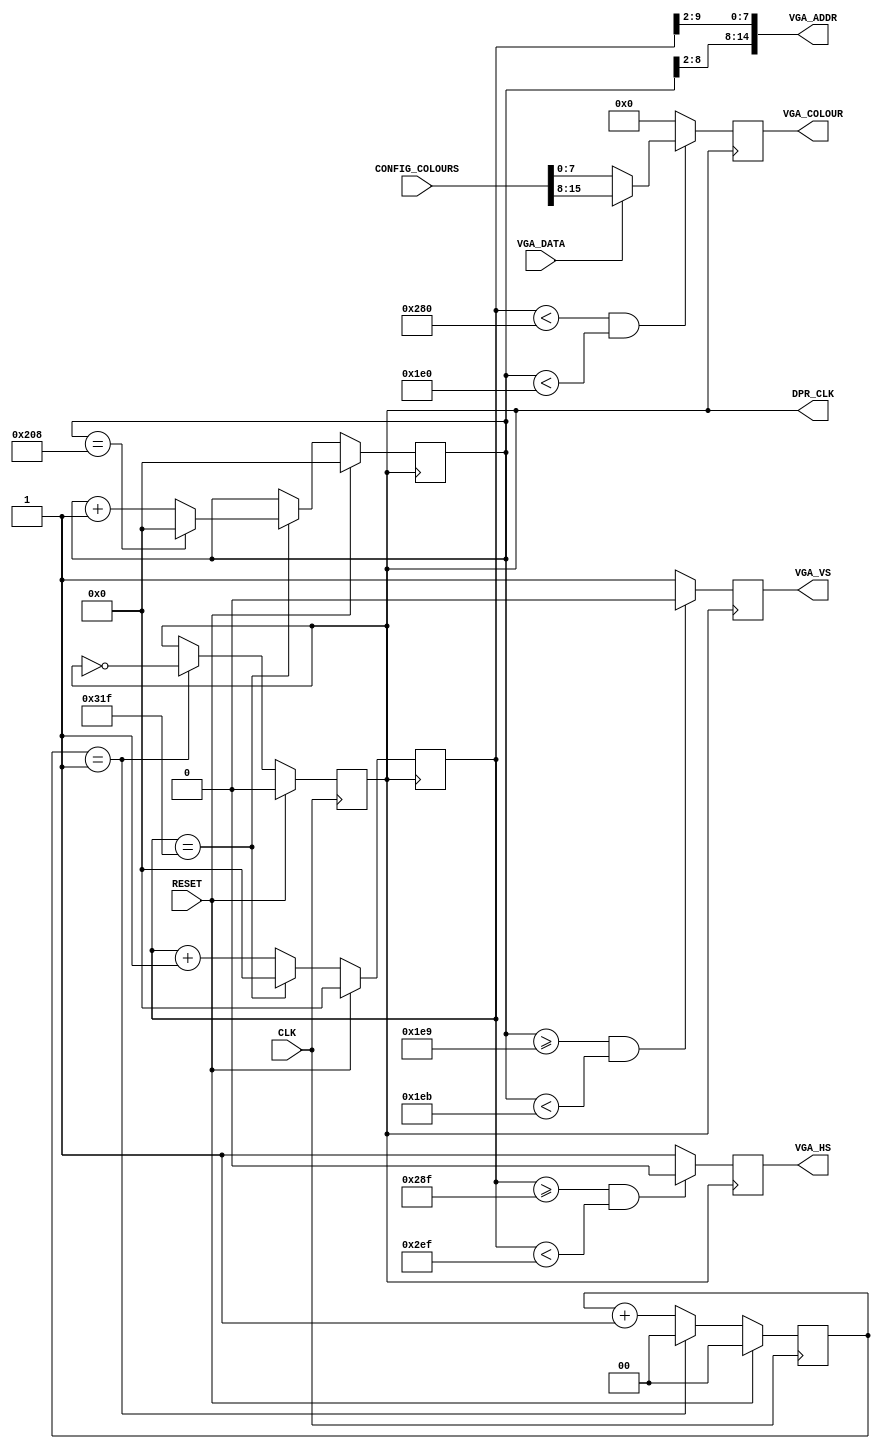
`timescale 1ns / 1ps
//////////////////////////////////////////////////////////////////////////////////
// Company: 
// Engineer: 
// 
// Design Name: Xingyifei
// Module Name: VGA_Sig_Gen
// Project Name: 
// Target Devices: 
// Tool Versions: 
// Description: 
// 
// Dependencies: 
// 
// Revision:
// Revision 0.01 - File Created
// Additional Comments:
// 
//////////////////////////////////////////////////////////////////////////////////


module VGA_Sig_Gen(
    input CLK,
    input RESET,
    //Colour Configuration Interface
    input [15:0] CONFIG_COLOURS,
    // Frame Buffer (Dual Port memory) Interface
    output DPR_CLK,
    output [14:0] VGA_ADDR,
    input VGA_DATA,
    //VGA Port Interface
    output reg VGA_HS,
    output reg VGA_VS, 
    output [7:0] VGA_COLOUR
 );
    //Halve the clock to 25MHz to drive the VGA display (dev by 100MHz)
    reg [1:0] CLK_Counter;
    reg VGA_CLK;
    //initial begin
    //    CLK_Counter <= 0;
    //    VGA_CLK <= 0;
    //end 
    always@(posedge CLK) begin
        if(RESET) begin
            VGA_CLK <= 0;
            CLK_Counter <= 0;
        end
        else begin
            if (CLK_Counter == 1) begin
                VGA_CLK <= ~VGA_CLK;
                CLK_Counter <= 0;
            end
            else
                CLK_Counter <= CLK_Counter + 1;
        end 
    end
/*
Define VGA signal parameters e.g. Horizontal and Vertical display time, pulse widths, front and back 
porch widths etc. 
*/
    // Use the following signal parameters
    parameter HTs = 800;    // Total Horizontal Sync Pulse Time
    parameter HTpw = 96;    // Horizontal Pulse Width Time 
    parameter HTDisp = 640; // Horizontal Display Time
    parameter Hbp = 48;     // Horizontal Back Porch Time
    parameter Hfp = 16;     // Horizontal Front Porch Time
    
    parameter VTs = 521;    // Total Vertical Sync Pulse Time
    parameter VTpw = 2;     // Vertical Pulse Width Time
    parameter VTDisp = 480; // Vertical Display Time
    parameter Vbp = 29;     // Vertical Back Porch Time
    parameter Vfp = 10;     // Vertical Front Porch Time



    
    // Define Horizontal and Vertical Counters to generate the VGA signals
    reg [9:0] HCounter;
    reg [9:0] VCounter;
/*
Create a process that assigns the proper horizontal and vertical counter values for raster scan of the 
display. 
*/
    initial begin
        HCounter <= 0;
        VCounter <= 0;
    end
    // Line sync counter
    always @(posedge VGA_CLK) begin
        if (RESET)
            HCounter <= 0;
        else begin
            if (HCounter == HTs - 1)
                HCounter <= 0;
            else
                HCounter <= HCounter + 1;
        end
    end
    
    // Field sync counter
    always @(posedge VGA_CLK) begin
        if (RESET)
            VCounter <= 0;
        else begin
            if (HCounter == HTs - 1) begin
                if (VCounter == VTs - 1)
                    VCounter <= 0;
                else
                    VCounter <= VCounter + 1;
            end
            else
                VCounter <= VCounter;
        end  
    end  
/*
Need to create the address of the next pixel. Concatenate and tie the look ahead address to the frame 
buffer address.
*/
    assign DPR_CLK = VGA_CLK;
    assign VGA_ADDR = {VCounter[8:2], HCounter[9:2]};
/*
Create a process that generates the horizontal and vertical synchronisation signals, as well as the pixel 
colour information, using HCounter and VCounter. Do not forget to use CONFIG_COLOURS input to 
display the right foreground and background colours.
*/
    
    // Line sync signal
    always @(posedge VGA_CLK) begin
        if (HCounter >= (HTDisp + Hfp - 1) && HCounter < (HTDisp + Hfp + HTpw - 1))
            VGA_HS <= 0;
        else
            VGA_HS <= 1;
    end
    
    // Field sync signal
    always @(posedge VGA_CLK) begin
        if (VCounter >= (VTDisp + Vfp - 1) && VCounter < (VTDisp + Vfp + VTpw - 1))
            VGA_VS <= 0;
        else
            VGA_VS <= 1;
    end
    


/*
Finally, tie the output of the frame buffer to the colour output VGA_COLOUR. 
*/
    reg [7:0] COLOUR_REG;
    always@(posedge VGA_CLK)begin
        if(HCounter < HTDisp && VCounter < VTDisp)begin
            if(VGA_DATA)
                COLOUR_REG <= CONFIG_COLOURS[15:8];
            else
                COLOUR_REG <= CONFIG_COLOURS[7:0];
        end
        else
            COLOUR_REG <= 8'h00;
    end

    assign VGA_COLOUR = COLOUR_REG;

endmodule